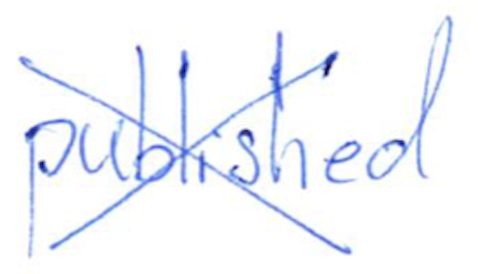
Text: published
Cross-out: cross
Writing tool: ballpoint